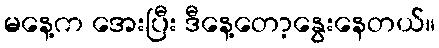
မနေ့က အေးပြီး ဒီနေ့တော့နွေးနေတယ်။